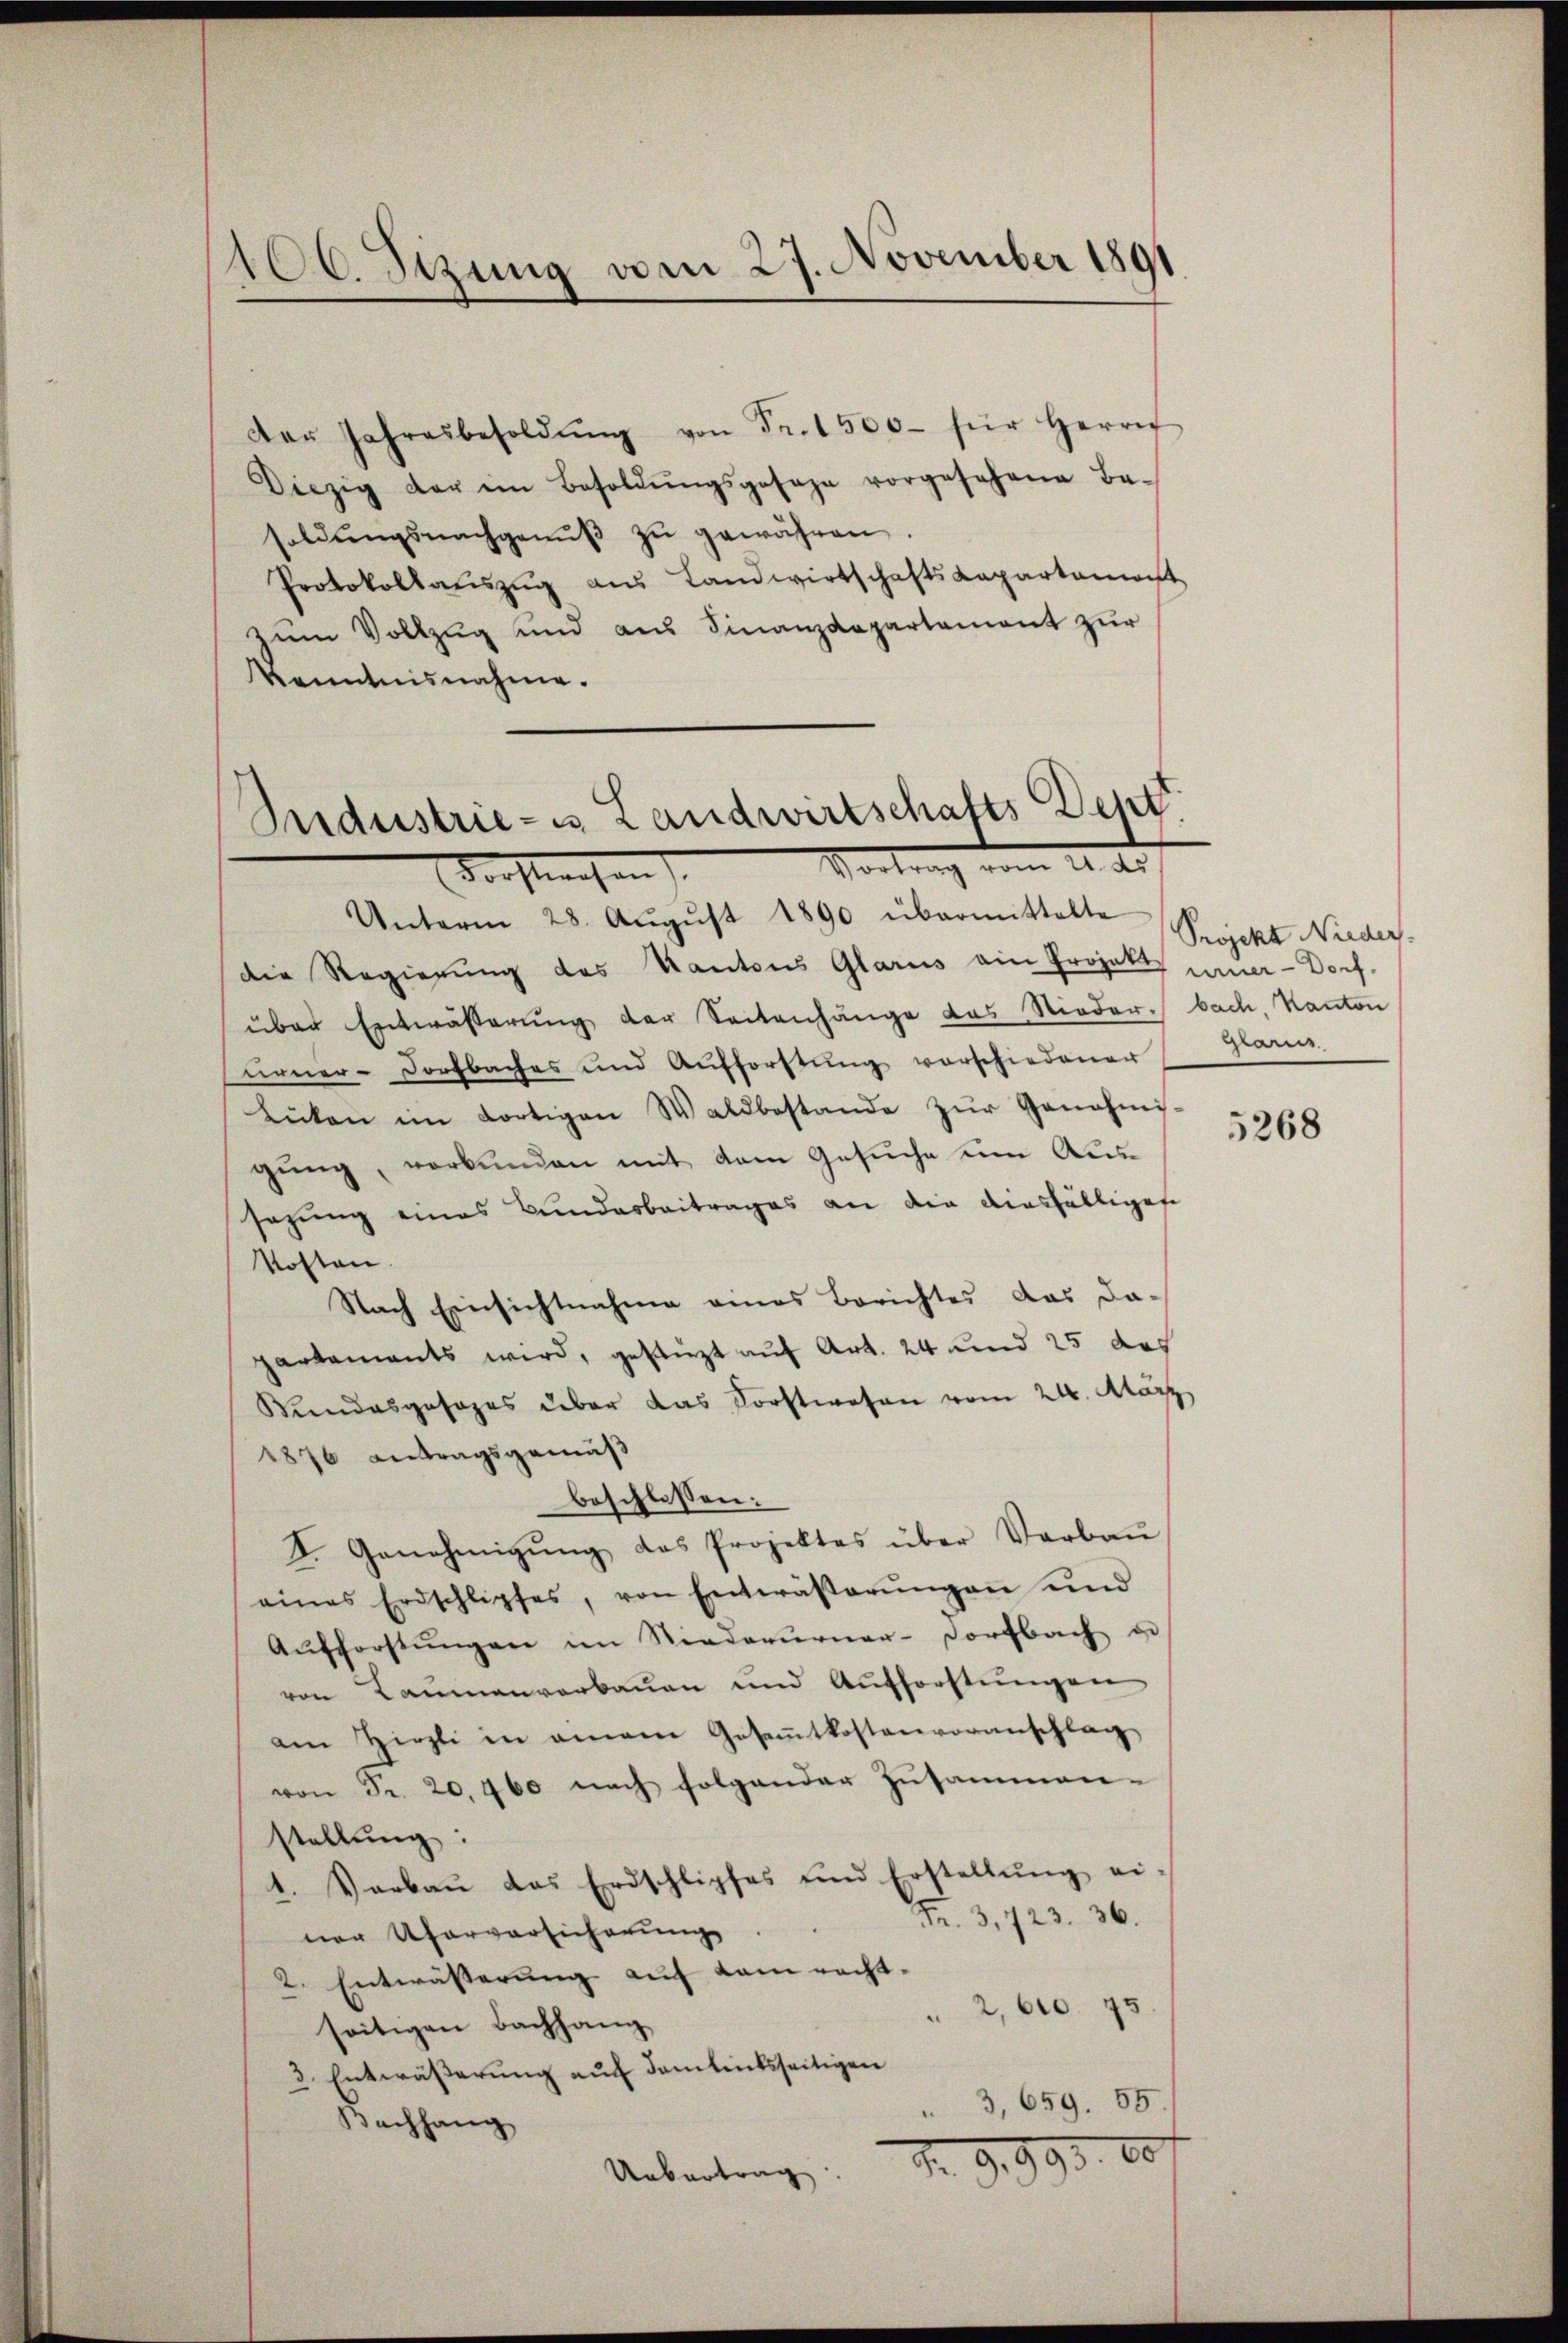
106. Sizung vom 27. November 1891

Der Jahresbesoldŭng von Fr. 1500 für Herrn
Diezig der ein Besoldŭngsgesage vorgesehene Be-
soldŭngsnachgenŭβ zŭ gewähren.
Protokollaŭszŭg aŭs Landwirtschafts Capartamaist
zŭm Vollzug und aus Finanzdepartement zur
Kenntnisnahme.

Unterm 28. Aŭgŭst 1890 übermittelte
die Regierung des Kantons Glarus ein Projekt einer - Dorf-
über Entwässerung der Seitenhänge das Niederbach, Kanton
Firner-Dorfbaches und Aufforstung vorschiedener
Lücken im dortigen Waldbestande zŭr Genehmi-
gung, verbunden mit dem Gesuche um Aussazung eines Bundesbeitrages an die diesfälligen
Kosten
Nach Einsichtnahme eines Berichtes das dapartements wird, gestüzt auf Art. 24 und 25 des
Bundesgesages über das Forstwesen vom 24. März
1876 antragsgemäß
beschlossen:
I. Genehmigŭng das Projektes über Verbaŭ
eines Erdschlipfes, von Entwäβerŭngen und
Aufforstŭngen im Niederurner-Dorfbach di
von Baumanverbauen und Aufforstŭngen
am Hirzli in einem Gesammtkostenvoranschlag
von Fr. 20,460 nach folgender Zusammen-
stellung:
1. Verbaŭ das Erdschlipfes und Erstellŭng ei-
Fr. 3, 723. 36.
ner Uferversicherung
2. Entwässerung auf dem recht-
2, 610. 75
seitigen Bachhang
3. Entwässerung auf dem linksseitigen
3,659. 55.
Kachhang
Nr. 9993. 10
Uebertrag

Sndustrie- u Landwirtschafts Dep
Vortrag vom Stadt
Vorstehen

Projekt Nieder.
Gras

5268